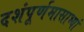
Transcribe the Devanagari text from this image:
दशंपूर्णमासाभ्यां